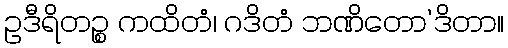
ဥဒီရိတဉ္စ ကထိတံ၊ ဂဒိတံ ဘဏိတော’ဒိတာ။